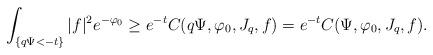
LaTeX: \begin{align*}\int_{\{q\Psi<-t\}}|f|^2e^{-\varphi_0}\geq e^{-t}C(q\Psi,\varphi_0,J_q,f)=e^{-t}C(\Psi,\varphi_0,J_q,f).\end{align*}